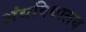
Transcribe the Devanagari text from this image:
अंधविद्यालय